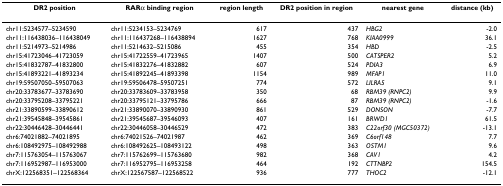
<table><thead><tr><td><b>DR2 position</b></td><td><b>RARα binding region</b></td><td><b>region length</b></td><td><b>DR2 position in region</b></td><td><b>nearest gene</b></td><td><b>distance (kb)</b></td></tr></thead><tbody><tr><td>chr11:5234577–5234590</td><td>chr11:5234153–5234769</td><td>617</td><td>437</td><td><i>HBG2</i></td><td>-2.0</td></tr><tr><td>chr11:116438036–116438049</td><td>chr11:116437268–116438894</td><td>1627</td><td>768</td><td><i>KIAA0999</i></td><td>36.1</td></tr><tr><td>chr11:5214973–5214986</td><td>chr11:5214632–5215086</td><td>455</td><td>354</td><td><i>HBD</i></td><td>-2.5</td></tr><tr><td>chr15:41723046–41723059</td><td>chr15:41722559–41723965</td><td>1407</td><td>500</td><td><i>CATSPER2</i></td><td>5.2</td></tr><tr><td>chr15:41832787–41832800</td><td>chr15:41832276–41832882</td><td>607</td><td>524</td><td><i>PDIA3</i></td><td>6.9</td></tr><tr><td>chr15:41893221–41893234</td><td>chr15:41892245–41893398</td><td>1154</td><td>989</td><td><i>MFAP1</i></td><td>11.0</td></tr><tr><td>chr19:59507050–59507063</td><td>chr19:59506478–59507251</td><td>774</td><td>572</td><td><i>LILRA5</i></td><td>9.1</td></tr><tr><td>chr20:33783677–33783690</td><td>chr20:33783609–33783958</td><td>350</td><td>68</td><td><i>RBM39 (RNPC2)</i></td><td>9.9</td></tr><tr><td>chr20:33795208–33795221</td><td>chr20:33795121–33795786</td><td>666</td><td>87</td><td><i>RBM39 (RNPC2)</i></td><td>-1.6</td></tr><tr><td>chr21:33890599–33890612</td><td>chr21:33890070–33890930</td><td>861</td><td>529</td><td><i>DONSON</i></td><td>-7.7</td></tr><tr><td>chr21:39545848–39545861</td><td>chr21:39545687–39546093</td><td>407</td><td>161</td><td><i>BRWD1</i></td><td>61.5</td></tr><tr><td>chr22:30446428–30446441</td><td>chr22:30446058–30446529</td><td>472</td><td>383</td><td><i>C22orf30 (MGC50372)</i></td><td>-13.1</td></tr><tr><td>chr6:74021882–74021895</td><td>chr6:74021526–74021987</td><td>462</td><td>369</td><td><i>C6orf148</i></td><td>7.7</td></tr><tr><td>chr6:108492975–108492988</td><td>chr6:108492625–108493122</td><td>498</td><td>363</td><td><i>OSTM1</i></td><td>9.6</td></tr><tr><td>chr7:115763054–115763067</td><td>chr7:115762699–115763680</td><td>982</td><td>368</td><td><i>CAV1</i></td><td>4.2</td></tr><tr><td>chr7:116952987–116953000</td><td>chr7:116952795–116953258</td><td>464</td><td>192</td><td><i>CTTNBP2</i></td><td>154.5</td></tr><tr><td>chrX:122568351–122568364</td><td>chrX:122567587–122568522</td><td>936</td><td>777</td><td><i>THOC2</i></td><td>-12.1</td></tr></tbody></table>